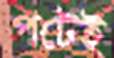
পটেই